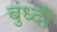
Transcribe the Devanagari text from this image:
बुध्‍दी